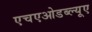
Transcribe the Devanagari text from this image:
एचएओडब्ल्यूए